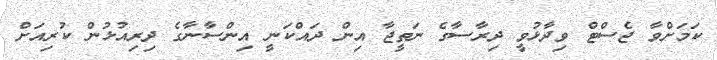
ކަމަށްވާ ޖެސްޓް ވިދާޅުވީ ދިރާސާގެ ނަތީޖާ އިން ދައްކަނީ އިންސާނާގެ ދިރިއުޅުން ކުރިއަށް